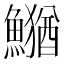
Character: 𮬎